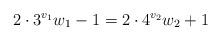
LaTeX: \begin{align*}2\cdot 3^{v_1} w_1 - 1 = 2\cdot 4^{v_2} w_2+1\end{align*}